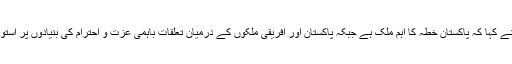
انہوں نے کہا کہ پاکستان خطہ کا اہم ملک ہے جبکہ پاکستان اور افریقی ملکوں کے درمیان تعلقات باہمی عزت و احترام کی بنیادوں پر استوار ہیں۔